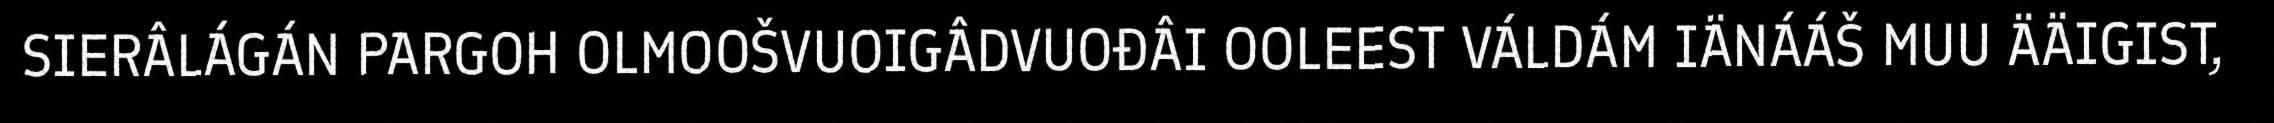
SIERÂLÁGÁN PARGOH OLMOOŠVUOIGÂDVUOĐÂI OOLEEST VÁLDÁM IÄNÁÁŠ MUU ÄÄIGIST,